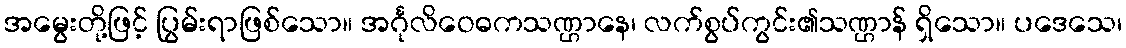
အမွေးတို့ဖြင့် ပြွမ်းရာဖြစ်သော။ အင်္ဂုလိဝေဓကသဏ္ဌာနေ၊ လက်စွပ်ကွင်း၏သဏ္ဌာန် ရှိသော။ ပဒေသေ၊